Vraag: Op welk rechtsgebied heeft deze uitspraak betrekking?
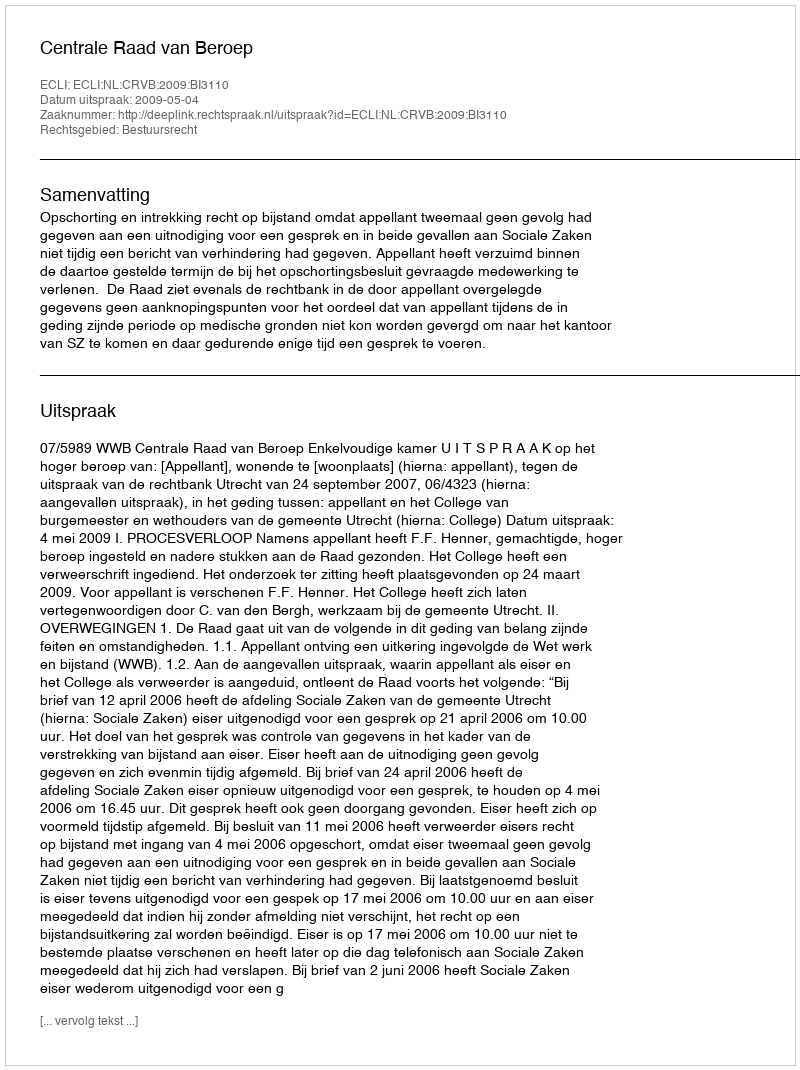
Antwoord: Bestuursrecht